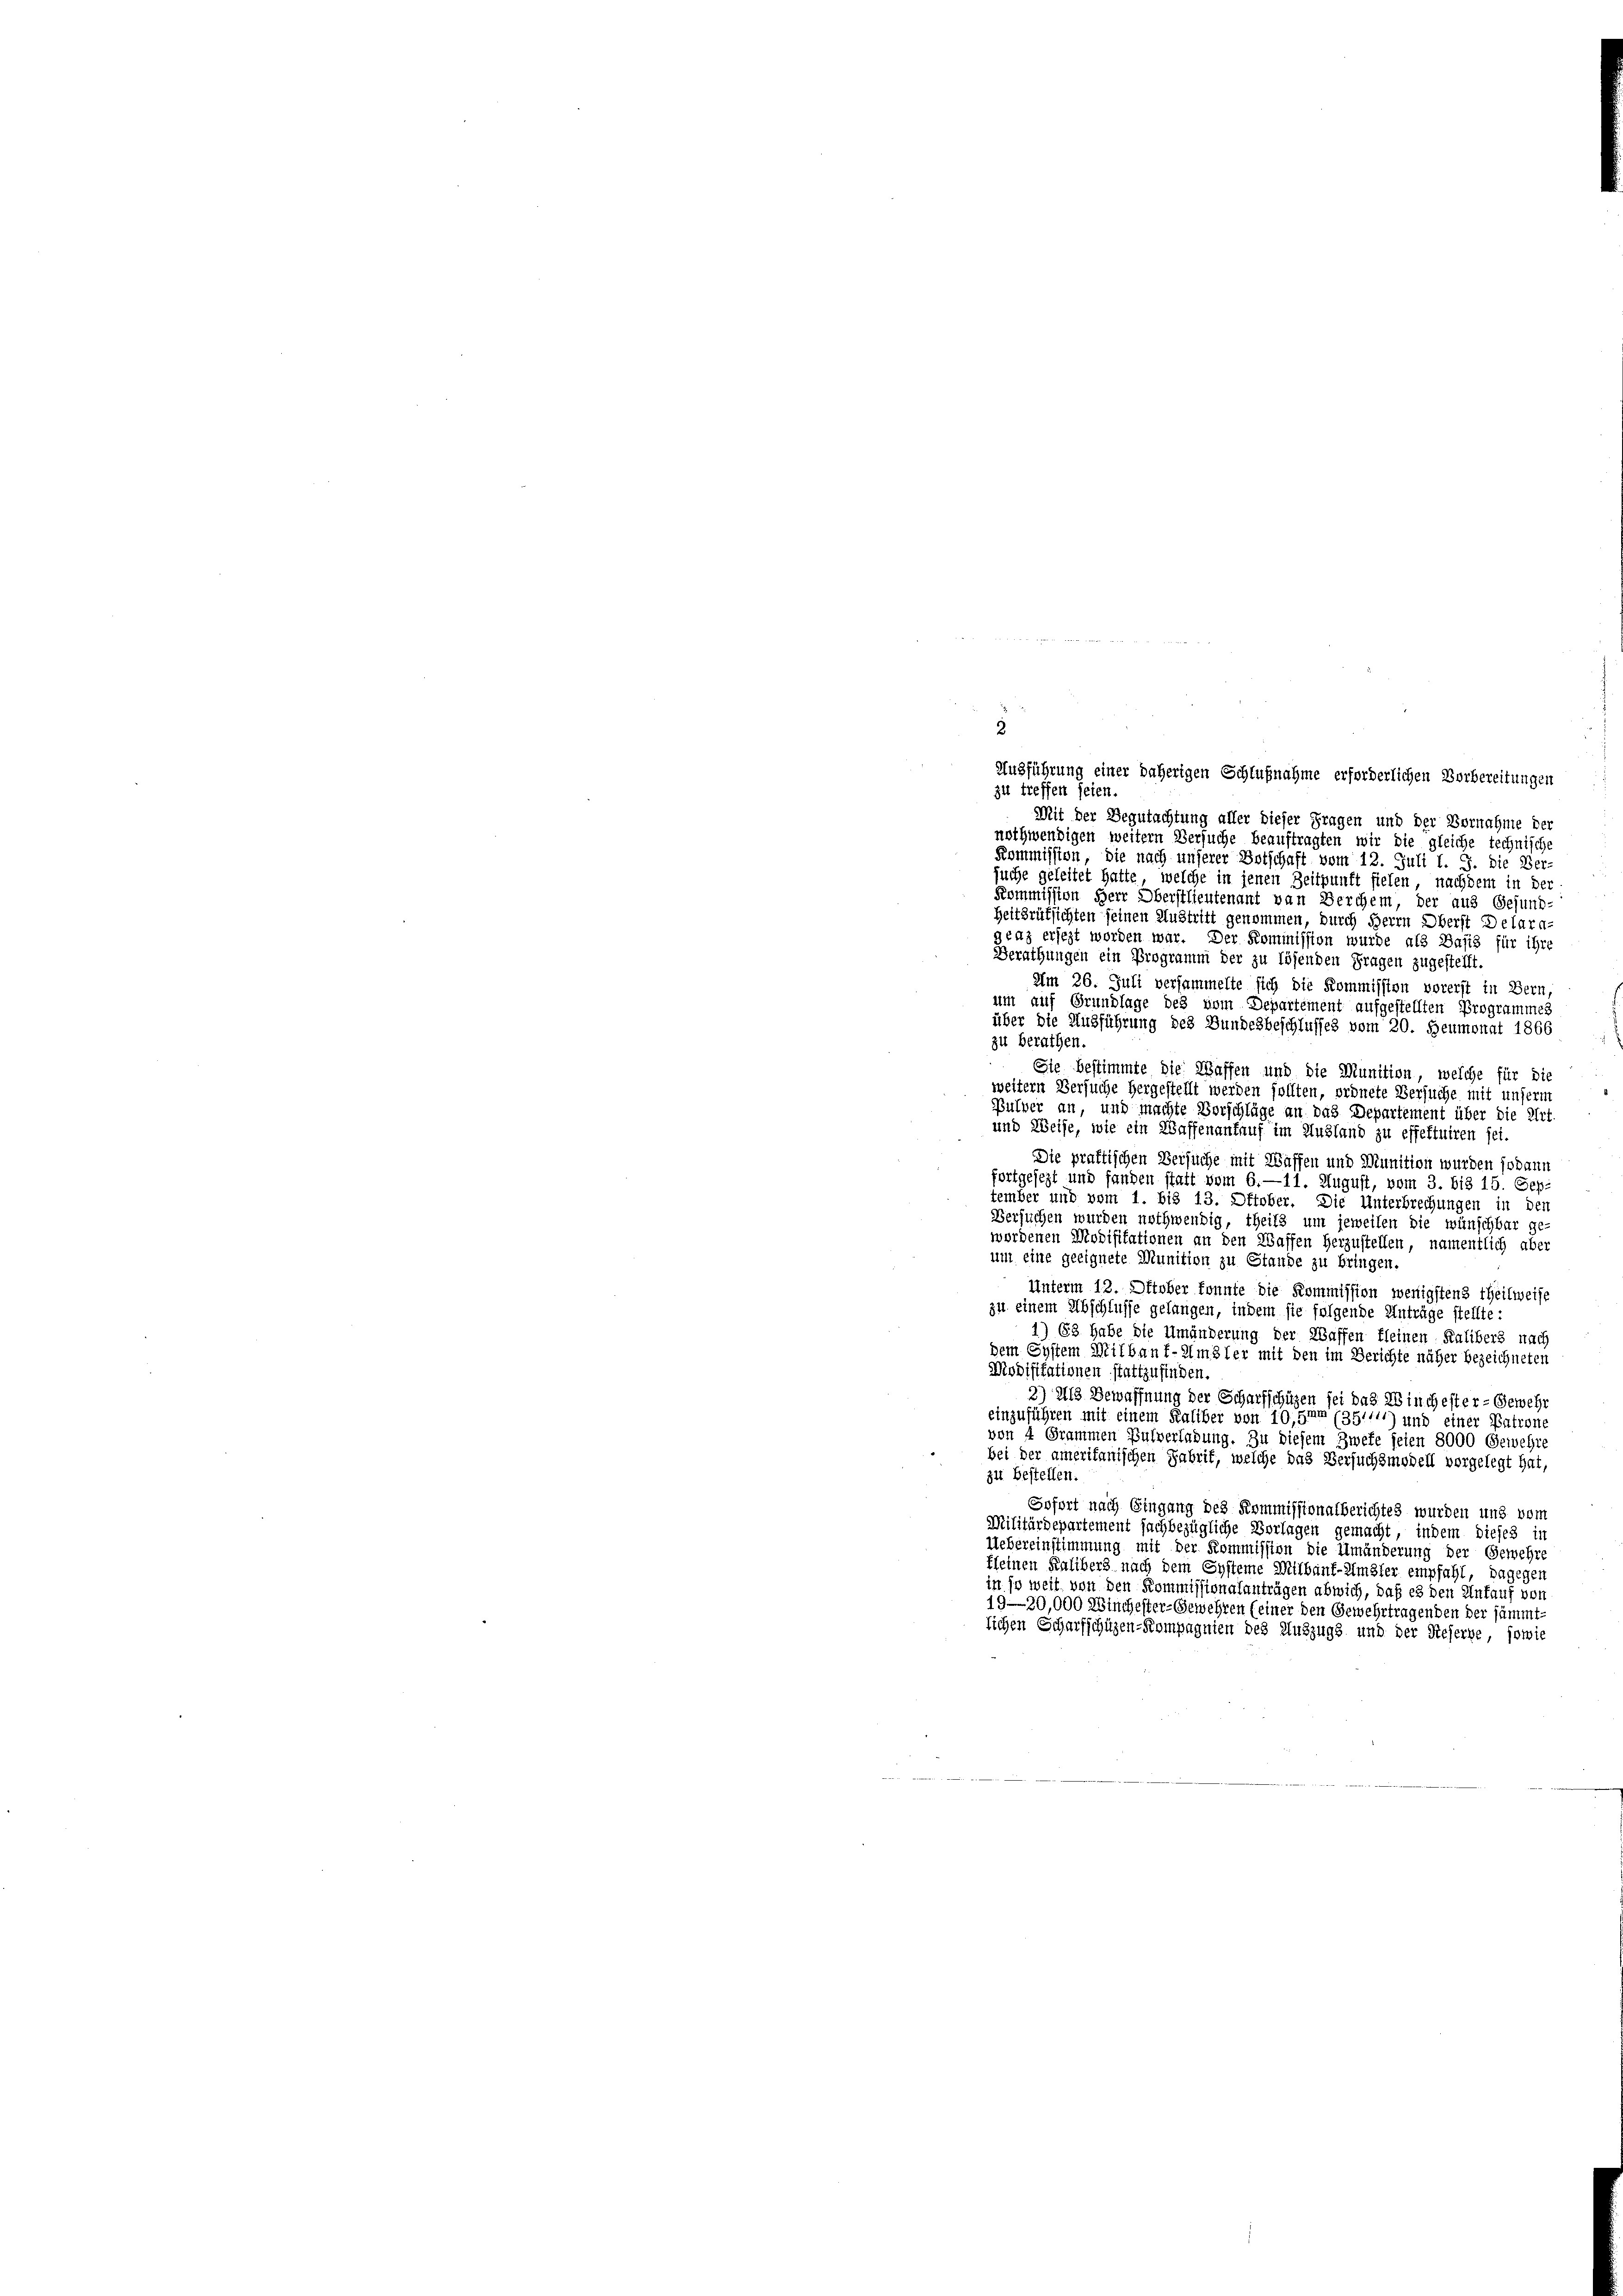
2

Ausführung einer daherigen Schlußnahme erforderlichen Vorbereitungen
zu treffen seien
Mit der Begutachtung aller dieser Fragen und der Vornahme der
nothwendigen weitern Versuche beauftragten wir die gleiche technisch
Kommission, die nach unserer Botschaft vom 12. Juli l. J. die Ver-
suche geleitet hatte, welche in jenen Zeitpunft fielen, nachdem in der
Kommission Herr Oberstlieutenant von Berchem, der aus Gesund-
Heitsrüksichten seinen Austritt genommen, durch Herrn Oberst Delara
graz ersezt worden war. Der Kommission wurde als Basis für ihre
Berathungen ein Programm der zu lösenden Fragen zugestellt.
Am 26. Juli versammelte sich die Kommission vorerst in Bern,
um auf Grundlage des vom Departement aufgestellten Programmes
über die Ausführung des Bundesbeschlusses vom 20. Heumonat 1866
zu berathen.
Sie bestimmte die Waffen und die Munition, welche für die
weitern Versuche hergestellt werden sollten, ordnete Versuche mit unserm
Pulver an, und machte Vorschläge an das Departement über die Art.
und Weise, wie ein Waffenanfauf im Ausland zu effettuiren sei.
Die praktischen Versuche mit Waffen und Munition wurden sodann
fortgesezt und fanden statt vom 6.—11. August, vom 3. bis 15. Cep-
tember und vom 1. bis 13. Oktober. Die Unterbrechungen in den
Versuchen wurden nothwendig, theils um jeweilen die wünschbar ge-
wordenen Modifikationen an den Waffen herzustellen, namentlich aber
um eine geeignete Munition zu Stande zu bringen.
Unterm 12. Oktober konnte die Kommission wenigstens Theilweise
zu einem Abschlusse gelangen, indem sie folgende Anträge stellte:
1) 63 habe die Umänderung der Waffen kleinen Kalibers nach
dem System Milbauf-Amsler mit den im Berichte näher bezeichneten
Modifikationen stattzufinden.
2) Als Bewaffnung der Scharfschüzen sei das Winchester- Gewehr
einzuführen mit einem Kaliber von 10,5mm (351111) und einer Patrone
von 4 Grammen Pulverladung. Zu diesem Zwefe seien 8000 Gewehr
bei der ameritanischen Gabrik, welche das Versuchsmodell vorgelegt hat,
zu bestellen.
Sofort nach Eingang des Kommissionalberichtes wurden und vom
Militärdepartement sachbezügliche Vorlagen gemacht, indem dieses in
Uebereinstimmung mit der Kommission die Umänderung der Gewehre
kleinen Kalibers nach dem Systeme Mitbäuf-Umsler empfahl, dagegen
in so weit von den Kommissionalanträgen abwich, daß es den Untauf von
19—30,000 Winchester-Gewehren (einer den Gewehrtragenden der sämmt.
lichen Scharfschüzen-Kompagnien des Auszugs und der Reserbe, sowie